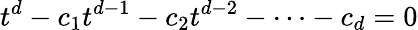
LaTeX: t^{d}-c_{1}t^{d-1}-c_{2}t^{d-2}-\cdots-c_{d}=0